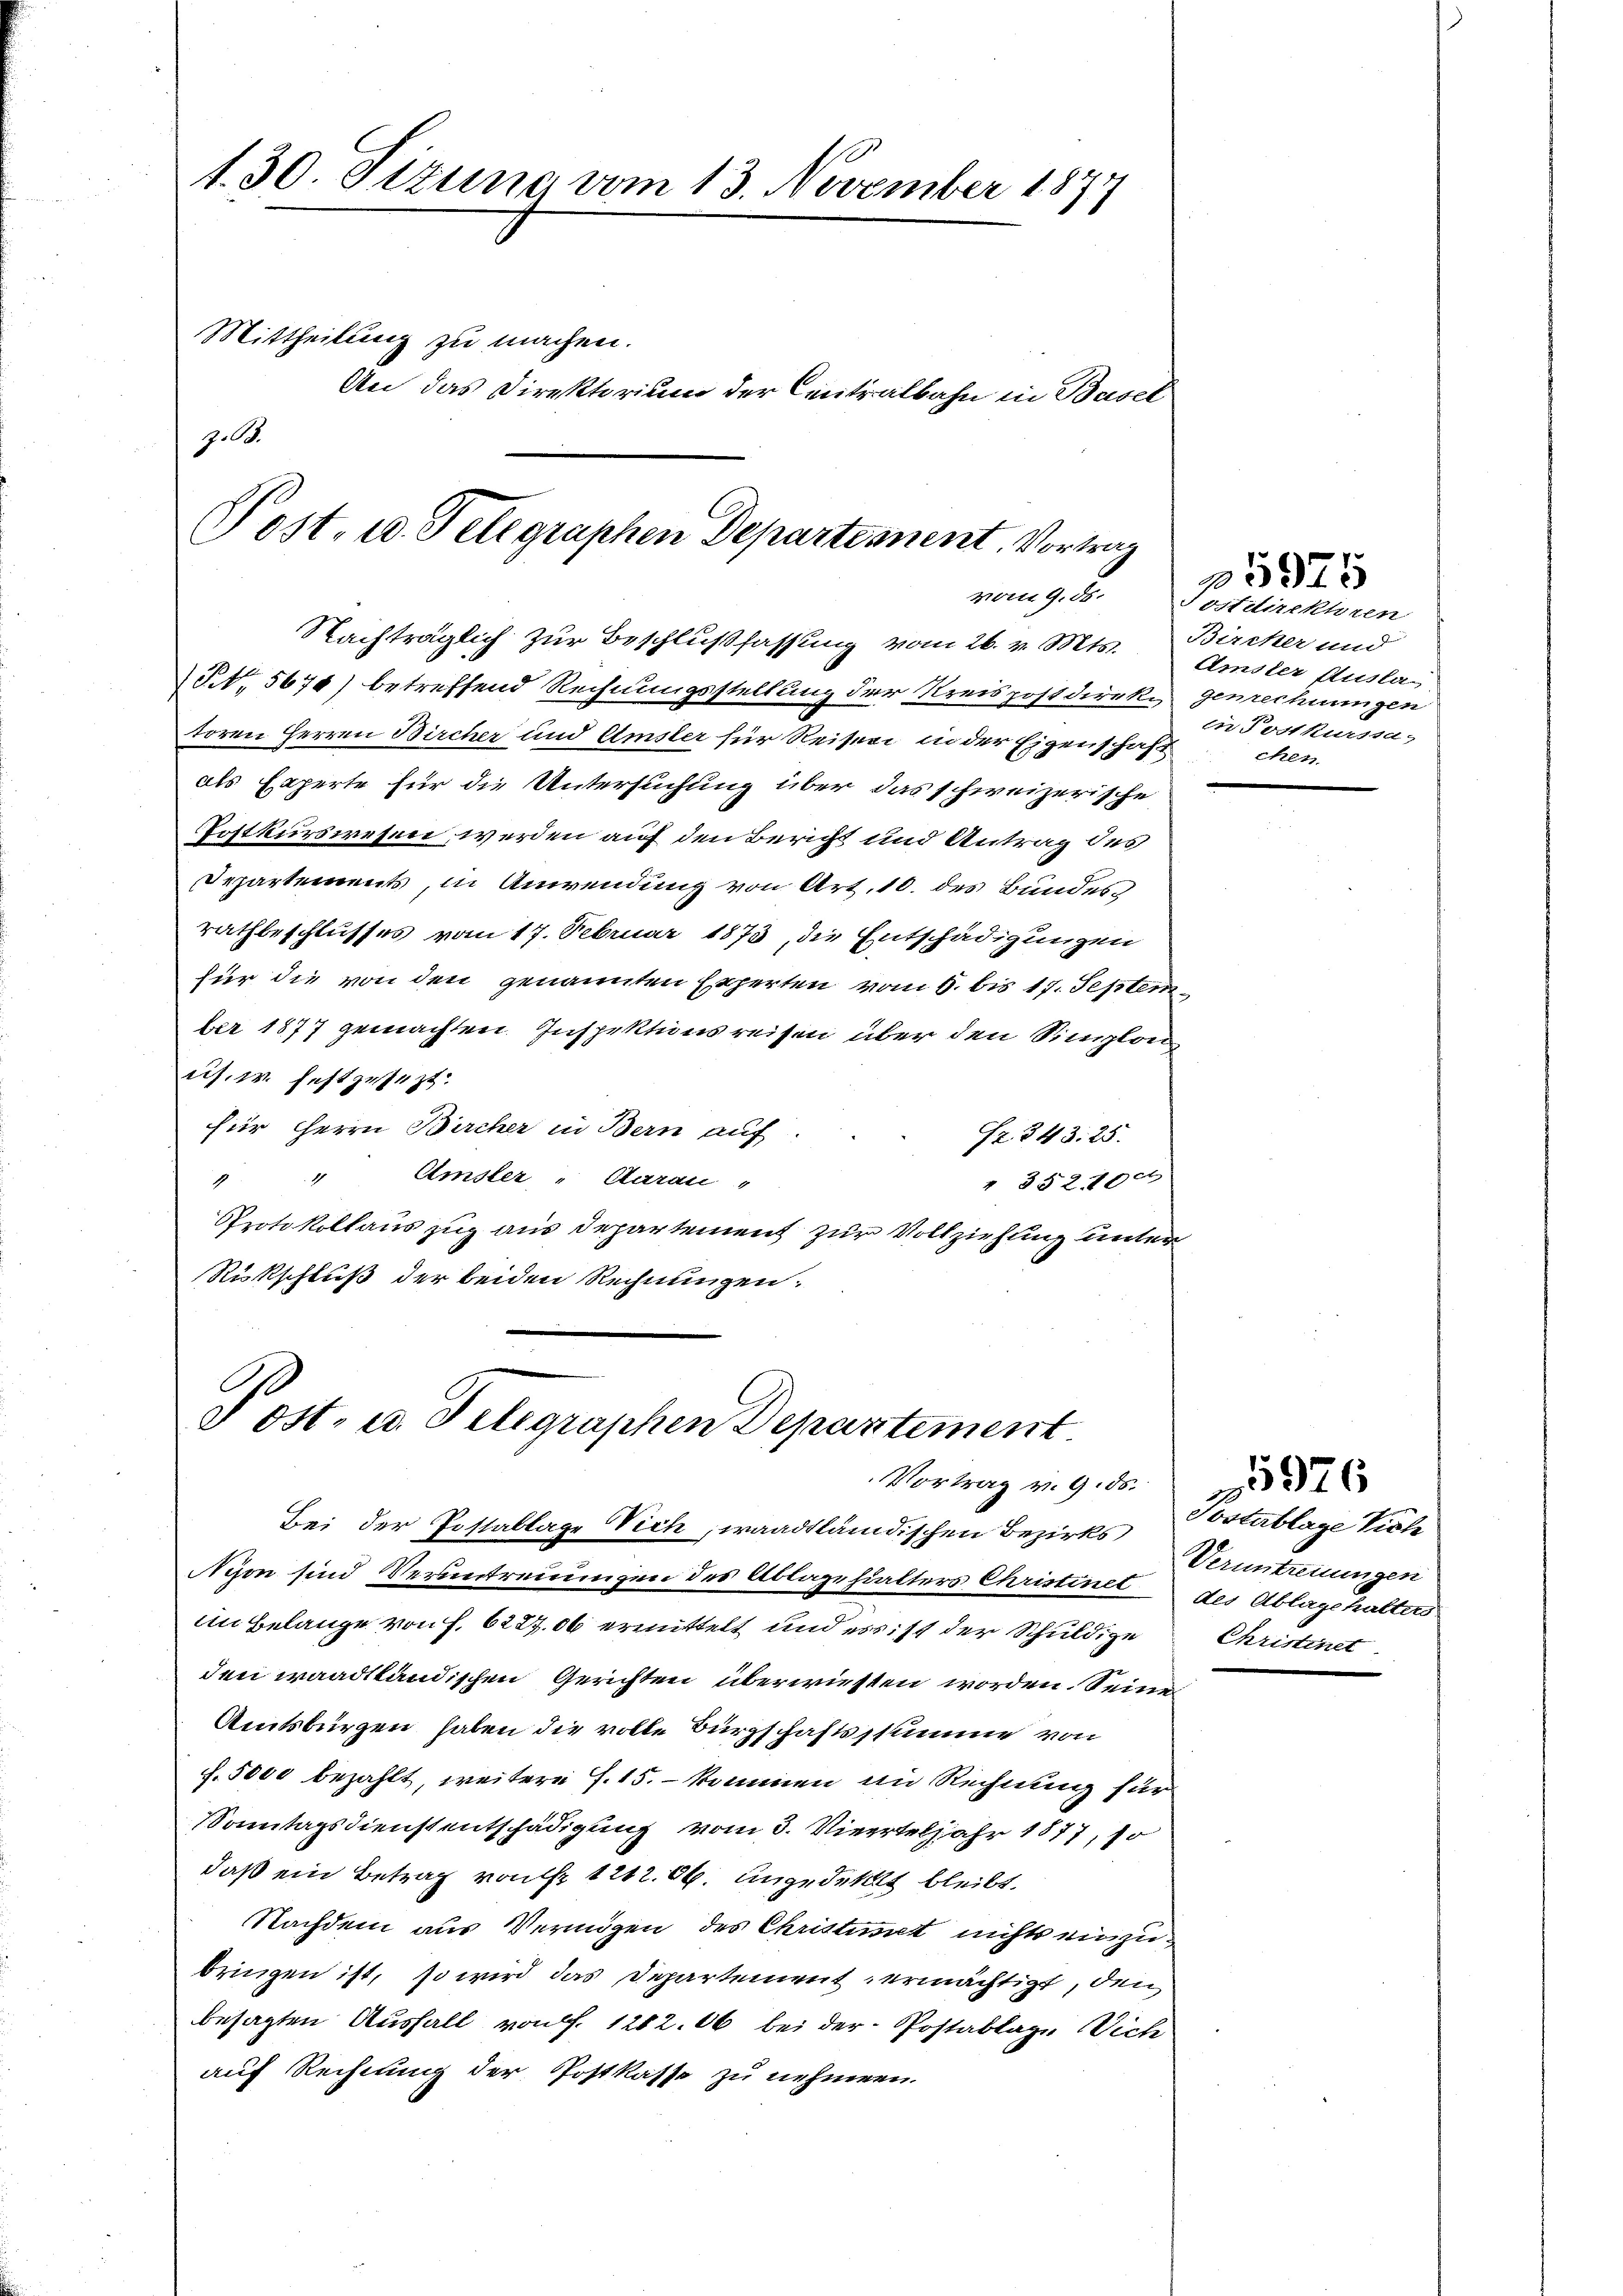
t. 30. Sizung vom 13. November 187
Mittheilung zu machen.
An das Direktorium der Centralbahn in Basel
z.b.

Post. 10. Telegraphen Departement. Vortrag
vom 9. ds.
Nachträglich zur Beschlußfassung vom 26. v. Mts. Bircher und
NNo. 5670) betreffend Rechnungsstellung der Kreispostdirek¬

Bei der Postablage Nich, waadtländischen Bezirks
Nyon sind Verantreuungen des Ablage hielters Christinet
An Belange von f. 6227,06 ermittelt und ess ist der Schuldige
den waadtländischen Gerichten überwiesen worden. Seine
Amtsbürgen haben die volle Bürgschaftsstumme von
f. 5000 bezahlt, weitere S. 15. - kommen im Rechnung für
Sonntagsdienstentschädigung vom 3. Vierteljahr 1877, so
daß ein Betrag von 1242. 66. Ungedeket bleibt.
Nachdem aus Vermögen des Christiret nichts einzubringen ist, so wird das Departement ermächtigt, den
besagten Ausfall von f. 1282. 06 bei der Postablage Vich
auf Rechnung der Postkasse zu nehmen.

Post- u. Telegraphen Departement
Vortrag v. 9. ds.

toren Herren Bircher und Amster für Reiseri in der Eigenschaft chen
als Experte für die Untersuchung über das schweizerische
Postkurswesen werden auf den Bericht und Antrag des
Departements, in Anwendung von Art. 10. des Bundes
rathbeschlusses vom 17. Februar 1873, die Entschädigungen
für die von den genannten Experten vom 9. bis 17. Septem
ber 1877 gemachten Inspektionsreisen über den Simplonn
cis. w. festgesezt
für Herrn Bircher in Bern auf
SZ 343. 25.
1 " Emsler - Aarau
" 352 f 0 x
Protokollauszug aus Departement zur Vollziehung unter
Rückschluß der beiden Rechnungen.

ostdirektoren
Amsler Ausla
genrechnungen
in Postkurssa,

»5975

Postablage Vich
Veruntreuungen
des Ablagehalters
Christinet

5976